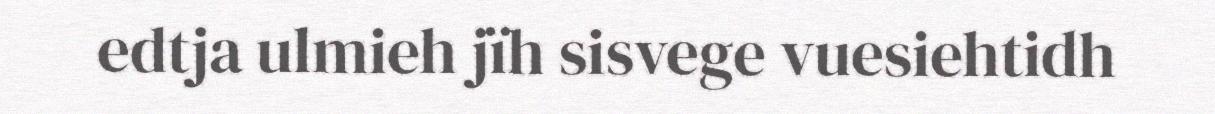
edtja ulmieh jïh sisvege vuesiehtidh